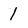
Character: 1